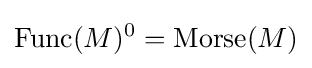
\operatorname {Func} (M)^{0}=\operatorname {Morse} (M)